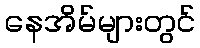
နေအိမ်များတွင်